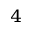
^ { 4 }